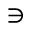
\ni